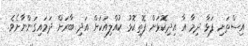
އިސްތަށި ފަޅާ ދިމާ އާ އިދިކޮޅަށް ފޮތިކޮޅު ކުއްލިއަކަށް އަދި ބާރަށް ދަމައިގަންނާށެވެ.